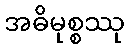
အဓိမုစ္စဿု